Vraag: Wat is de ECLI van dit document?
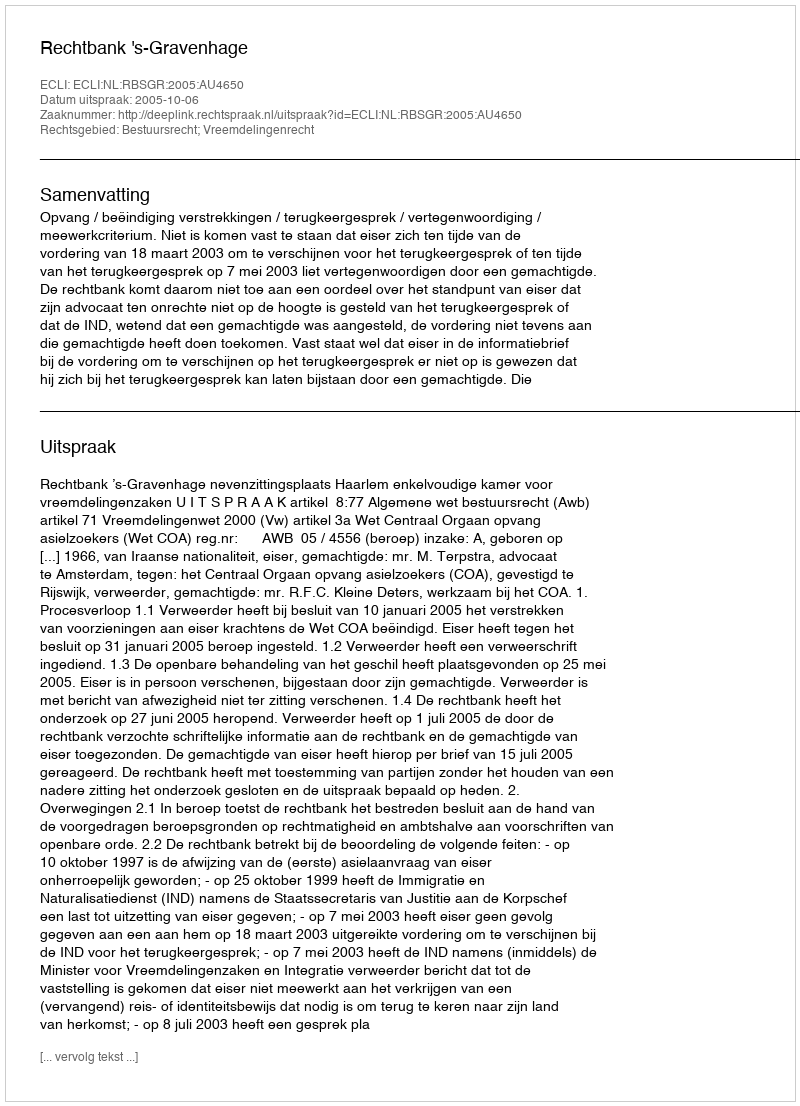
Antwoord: ECLI:NL:RBSGR:2005:AU4650